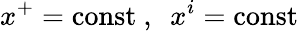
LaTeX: x^{+}=\mathrm{const}\ ,\ \ x^{i}=\mathrm{const}